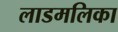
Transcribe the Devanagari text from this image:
लाडमलिका